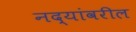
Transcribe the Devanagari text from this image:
नद्यांवरील